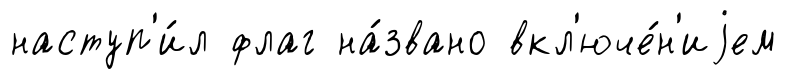
наступ'и́л флаг на́звано вкл'юче́н'иjем